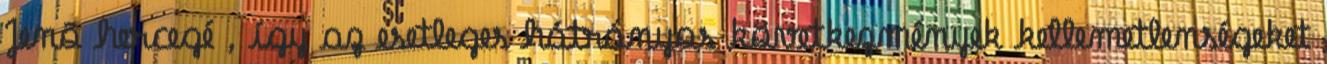
Jenõ hercegé , így az esetleges hátrányos következmények kellemetlenségeket